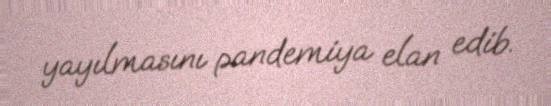
yayılmasını pandemiya elan edib.